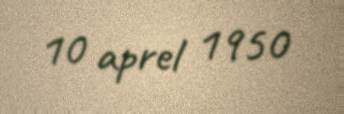
10 aprel 1950